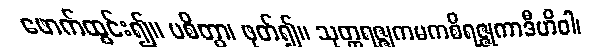
ဖောက်ထွင်း၍။ ပစိတွာ၊ ဖုတ်၍။ သုတ္တရဇ္ဇုကမကစိရဇ္ဇုကာဒီဟိဝါ၊